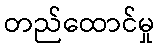
တည်ထောင်မှု